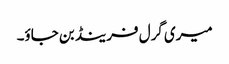
میری گرل فرینڈ بن جاؤ۔